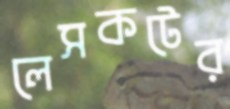
লেসকটের